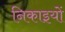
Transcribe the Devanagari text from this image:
निकाइयों